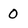
Character: 0